Report on lock hospitals in British Burma
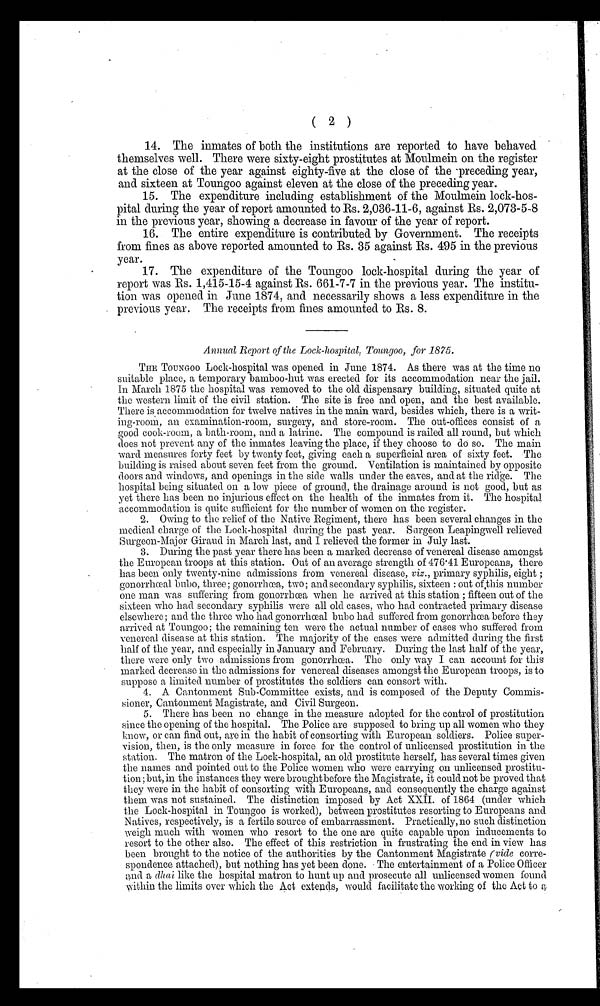
(2)
14. The inmates of both the institutions are reported to have behaved
themselves well. There were sixty-eight prostitutes at Moulmein on the register
at the close of the year against eighty-five at the close of the preceding year.
and sixteen at Toungoo against eleven at the close of the preceding year.
15. The expenditure including establishment of the Moulmein lock-hos-
pital during the year of report amounted to Rs. 2,036-11-6, against Rs. 2,073-5-8
in the previous year, showing a decrease in favour of the year of report.
16. The entire expenditure is contributed by Government. The receipts
from fines as above reported amounted to Rs. 35 against Rs. 495 in the previous
year.
17. The expenditure of the Toungoo lock-hospital during the year of
report was Rs. 1,415-15-4 against Rs. 661-7-7 in the previous year. The institu-
tion was opened in June 1874, and necessarily shows a less expenditure in the
previous year. The receipts from fines amounted to Rs. 8.
Annual Report of the Lock-hospital, Toungoo, for 1875.
THE TOUNGOO Lock-hospital was opened in June 1874. As there was at the time no
suitable place, a temporary bamboo-hut was erected for its accommodation near the jail.
In March 1875 the hospital was removed to the old dispensary building, situated quite at
the western limit of the civil station. The site is free and open, and the best available.
There is accommodation for twelve natives in the main ward, besides which, there is a writ-
ing-room, an examination-room, surgery, and store-room. The out-offices consist of a
good cook-room, a bath-room, and a latrine. The compound is railed all round, but which
does not prevent any of the inmates leaving the place, if they choose to do so. The main
ward measures forty feet by twenty feet, giving each a superficial area of sixty feet. The
building is raised about seven feet from the ground. Ventilation is maintained by opposite
doors and windows, and openings in the side walls under the eaves, and at the ridge. The
hospital being situated on a low piece of ground, the drainage around is not good, but as
yet there has been no injurious effect on the health of the inmates from it. The hospital
accommodation is quite sufficient for the number of women on the register.
2. Owing to the relief of the Native Regiment, there has been several changes in the
medical charge of the Lock-hospital during the past year. Surgeon Leapingwell relieved
Surgeon-Major Giraud in March last, and I relieved the former in July last.
3. During the past year there has been a marked decrease of venereal disease amongst
the European troops at this station. Out of an average strength of 476 .41 Europeans, there
has been only twenty-nine admissions from venereal disease, viz., primary syphilis, eight ;
gonorrhœal bubo, three; gonorrhoea, two; and secondary syphilis, sixteen : out of this number
one man was suffering from gonorrhœa when he arrived at this station ; fifteen out of the
sixteen who had secondary syphilis were all old cases, who had contracted primary disease
elsewhere; and the three who had gonorrhœal bubo had suffered from gonorrhœa before they
arrived at Toungoo; the remaining ten were the actual number of cases who suffered from
venereal disease at this station. The majority of the cases were admitted during the first
half of the year, and especially in January and February. During the last half of the year,
there were only two admissions from gonorrhœa. The only way I can account for this
marked decrease in the admissions for venereal diseases amongst the European troops, is to
suppose a limited number of prostitutes the soldiers can consort with.
4. A Cantonment Sub-Committee exists, and is composed of the Deputy Commis-
sioner, Cantonment Magistrate, and Civil Surgeon.
5. There has been no change in the measure adopted for the control of prostitution
since the opening of the hospital. The Police are supposed to bring up all women who they
know, or can find out, are in the habit of consorting with European soldiers. Police super-
vision, then, is the only measure in force for the control of unlicensed prostitution in the
station. The matron of the Lock-hospital, an old prostitute herself, has several times given
the names and pointed out to the Police women who were carrying on unlicensed prostitu-
tion ; but, in the instances they were brought before the Magistrate, it could not be proved that
they were in the habit of consorting with Europeans, and consequently the charge against
them was not sustained. The distinction imposed by Act XXII. of 1864 (under which
the Lock-hospital in Toungoo is worked), between prostitutes resorting to Europeans and
Natives, respectively, is a fertile source of embarrassment. Practically, no such distinction
weigh much with women who resort to the one are quite capable upon inducements to
resort to the other also. The effect of this restriction in frustrating the end in view has
been brought to the notice of the authorities by the Cantonment Magistrate (vide corre-
spondence attached), but nothing has yet been done. The entertainment of a Police Officer
and a dhai like the hospital matron to hunt up and prosecute all unlicensed women found
within the limits over which the Act extends, would facilitate the working of the Act to a